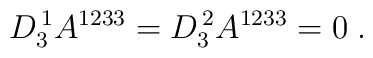
D_3^{\, 1}A^{1233} = D_3^{\, 2}A^{1233}=0\;.